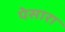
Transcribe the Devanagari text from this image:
पेसारा